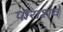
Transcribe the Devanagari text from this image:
पाराशव